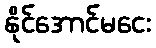
နိုင်အောင်မငေး